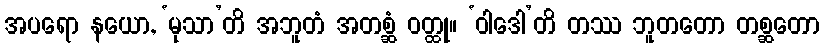
အပရော နယော, ‘မုသာ’တိ အဘူတံ အတစ္ဆံ ဝတ္ထု။ ‘ဝါဒေါ’တိ တဿ ဘူတတော တစ္ဆတော